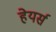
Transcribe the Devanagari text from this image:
हेयर्स